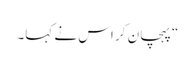
“ پہچان کر اس نے کہا۔